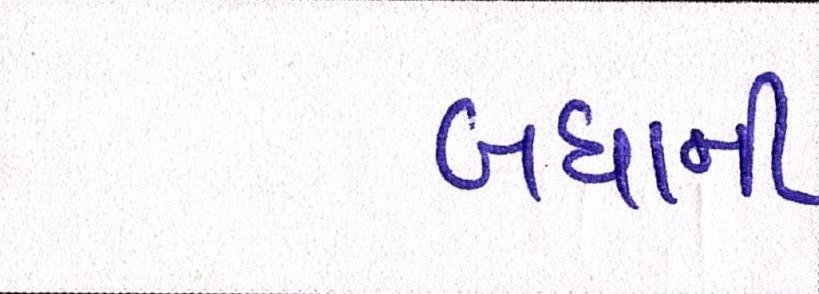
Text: બધાંની